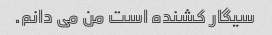
سیگار کشنده است من می دانم.